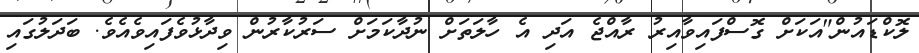
ލޮކްޑައުން"އަކަށް ގޮސްފައިވާއިރު ރާއްޖެ އަދި އެ ހާލަތަށް ނުދާކަމަށް ސަރުކާރުން ވިދާޅުވެފައިވެއެވެ. ބަދަލުގައި